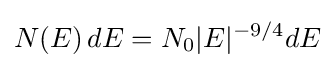
N(E)\,dE=N_{0}|E|^{-9/4}dE